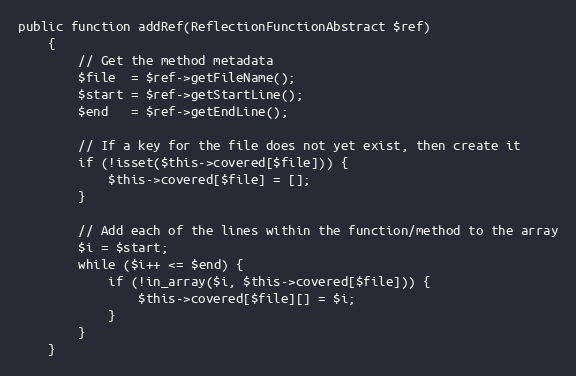
Language: PHP
public function addRef(ReflectionFunctionAbstract $ref)
    {
        // Get the method metadata
        $file  = $ref->getFileName();
        $start = $ref->getStartLine();
        $end   = $ref->getEndLine();

        // If a key for the file does not yet exist, then create it
        if (!isset($this->covered[$file])) {
            $this->covered[$file] = [];
        }

        // Add each of the lines within the function/method to the array
        $i = $start;
        while ($i++ <= $end) {
            if (!in_array($i, $this->covered[$file])) {
                $this->covered[$file][] = $i;
            }
        }
    }